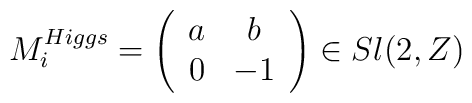
M_{i}^{Higgs}= \left( \begin{array}{cc} a & b \\ 0 & -1 \end{array}        \right) \in Sl(2,Z)